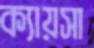
ক্যায়সা